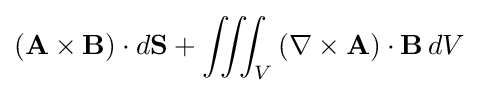
\left(\mathbf {A} \times \mathbf {B} \right)\cdot d\mathbf {S} +\iiint _{V}\left(\nabla \times \mathbf {A} \right)\cdot \mathbf {B} \,dV